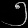
Digit: ၅